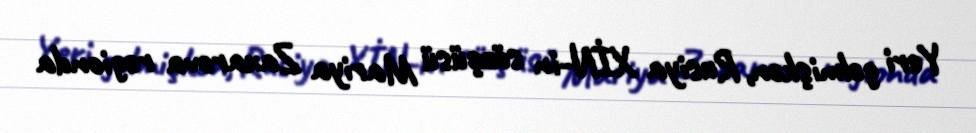
Yeri gəlmişkən, Rusiya XİN-in sözçüsü Mariya Zaxarova regionda